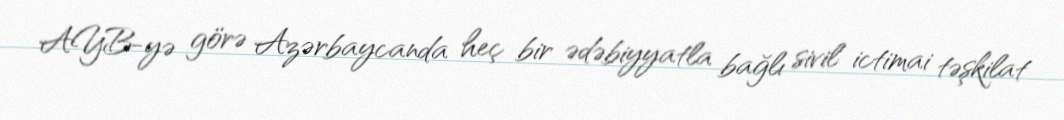
AYB-yə görə Azərbaycanda heç bir ədəbiyyatla bağlı sivil ictimai təşkilat